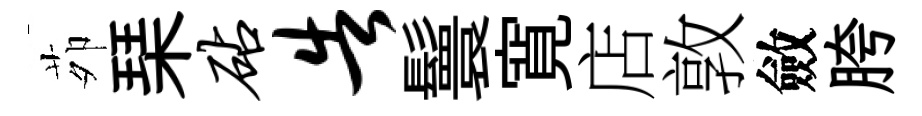
茆琹砧告鬟寛店敦斂胯